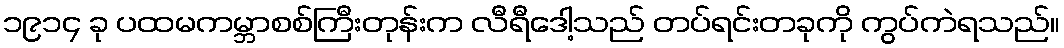
၁၉၁၄ ခု ပထမကမ္ဘာစစ်ကြီးတုန်းက လီရီဒေါ့သည် တပ်ရင်းတခုကို ကွပ်ကဲရသည်။